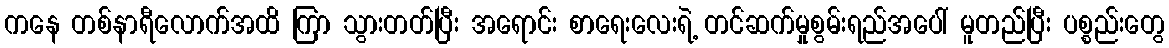
ကနေ တစ်နာရီလောက်အထိ ကြာ သွားတတ်ပြီး အရောင်း စာရေးလေးရဲ့ တင်ဆက်မှုစွမ်းရည်အပေါ် မူတည်ပြီး ပစ္စည်းတွေ